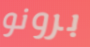
برونو